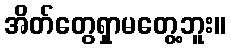
အိတ်တွေရှာမတွေ့ဘူး။